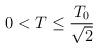
LaTeX: \begin{align*}0<T\leq \frac{T_{0}}{\sqrt{2}} \end{align*}